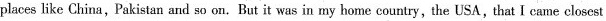
places like China,Pakistan and so on. But it was in my home country,the USA,that I came closest